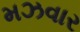
મઝવાર